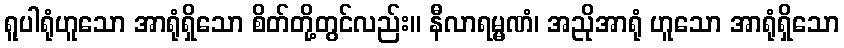
ရူပါရုံဟူသော အာရုံရှိသော စိတ်တို့တွင်လည်း။ နီလာရမ္မဏံ၊ အညိုအာရုံ ဟူသော အာရုံရှိသော